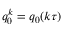
q _ { 0 } ^ { k } = q _ { 0 } ( k \tau )